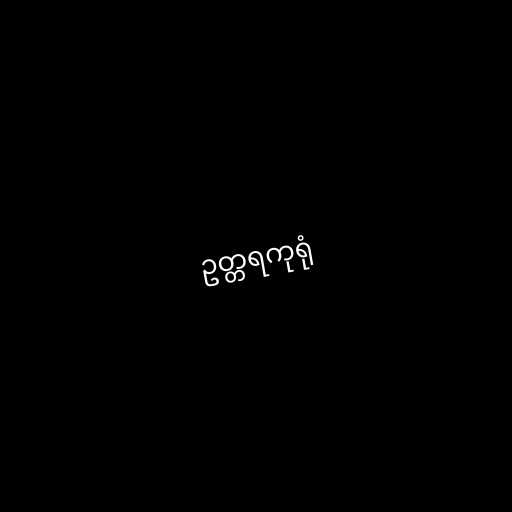
ဥတ္တရကုရုံ